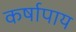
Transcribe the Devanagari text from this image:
कर्षापाय